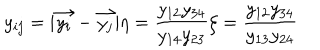
y _ { i j } = | \vec { y _ { i } } - \vec { y _ { j } } | \eta = \frac { y _ { 1 2 } y _ { 3 4 } } { y _ { 1 4 } y _ { 2 3 } } \zeta = \frac { y _ { 1 2 } y _ { 3 4 } } { y _ { 1 3 } y _ { 2 4 } }